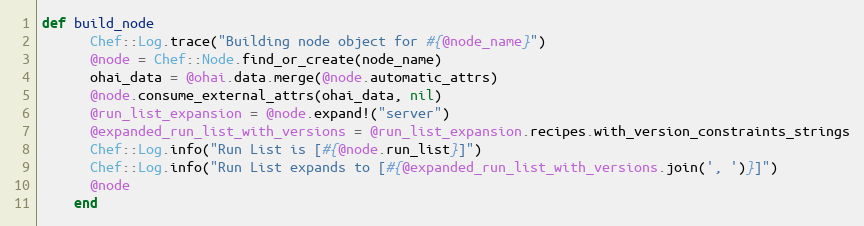
Language: Ruby
def build_node
      Chef::Log.trace("Building node object for #{@node_name}")
      @node = Chef::Node.find_or_create(node_name)
      ohai_data = @ohai.data.merge(@node.automatic_attrs)
      @node.consume_external_attrs(ohai_data, nil)
      @run_list_expansion = @node.expand!("server")
      @expanded_run_list_with_versions = @run_list_expansion.recipes.with_version_constraints_strings
      Chef::Log.info("Run List is [#{@node.run_list}]")
      Chef::Log.info("Run List expands to [#{@expanded_run_list_with_versions.join(', ')}]")
      @node
    end